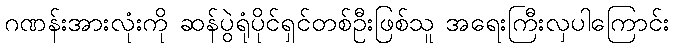
ဂဏန်းအားလုံးကို ဆန်ပွဲရုံပိုင်ရှင်တစ်ဦးဖြစ်သူ အရေးကြီးလှပါကြောင်း